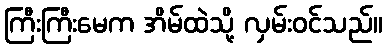
ကြီးကြီးမေက အိမ်ထဲသို့ လှမ်းဝင်သည်။